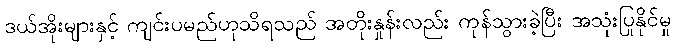
ဒယ်အိုးများနှင့် ကျင်းပမည်ဟုသိရသည် အတိုးနှုန်းလည်း ကုန်သွားခဲ့ပြီး အသုံးပြုနိုင်မှု